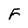
Character: F